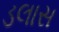
ડલાસ